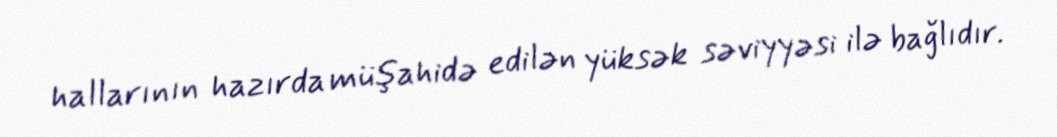
hallarının hazırda müşahidə edilən yüksək səviyyəsi ilə bağlıdır.